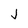
Character: J